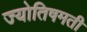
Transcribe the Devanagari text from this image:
ज्योतिषमती